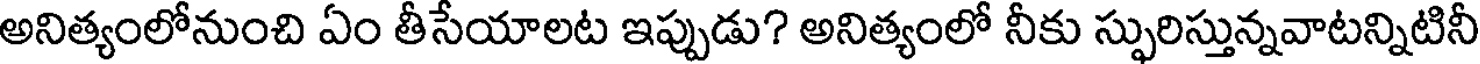
అనిత్యంలోనుంచి ఏం తీసేయాలట ఇప్పుడు? అనిత్యంలో నీకు స్ఫురిస్తున్నవాటన్నిటినీ